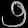
Digit: ၅